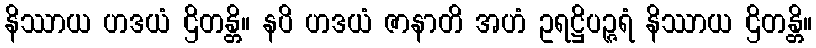
နိဿာယ ဟဒယံ ဌိတန္တိ။ နပိ ဟဒယံ ဇာနာတိ အဟံ ဥရဋ္ဌိပဉ္ဇရံ နိဿာယ ဌိတန္တိ။